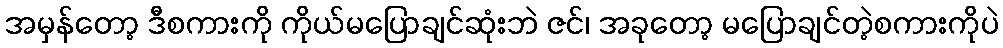
အမှန်တော့ ဒီစကားကို ကိုယ်မပြောချင်ဆုံးဘဲ ဇင်၊ အခုတော့ မပြောချင်တဲ့စကားကိုပဲ